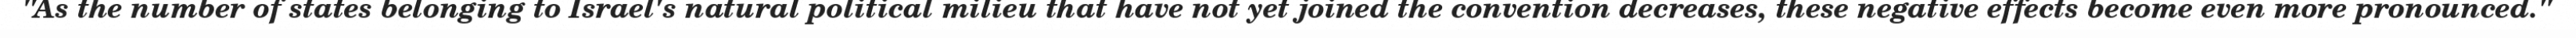
"As the number of states belonging to Israel's natural political milieu that have not yet joined the convention decreases, these negative effects become even more pronounced."